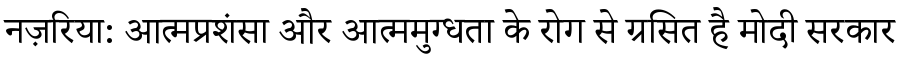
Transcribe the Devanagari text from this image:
नज़रिया: आत्मप्रशंसा और आत्ममुग्धता के रोग से ग्रसित है मोदी सरकार